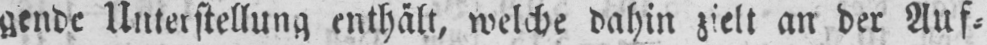
gende Unterstellung enthält, welche dahin zielt an der Auf⸗